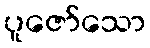
ပူဇော်သော